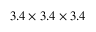
3 . 4 \times 3 . 4 \times 3 . 4